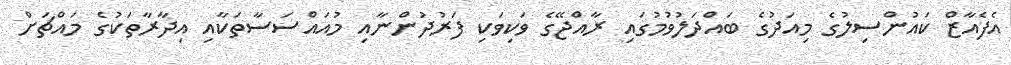
އެފެއާޒް ކައުންސިލުގެ މިއަދުގެ ބައްދަލުވުމުގައި ރާއްޖޭގެ ވަކިވަކި ފަރުދުންނާއި މުއައްސަސާތަކާއި އިދާރާތަކުގެ މައްޗަށް